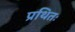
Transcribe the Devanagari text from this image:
प्रथितः